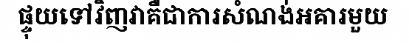
ផ្ទុយទៅវិញវាគឺជាការសំណង់អគារមួយ